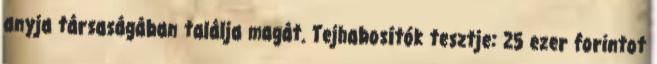
anyja társaságában találja magát. Tejhabosítók tesztje: 25 ezer forintot